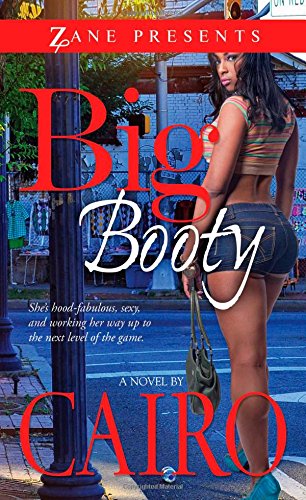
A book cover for Big Booty: A Novel; Cairo; Romance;